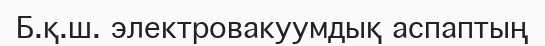
Б.қ.ш. электровакуумдық аспаптың